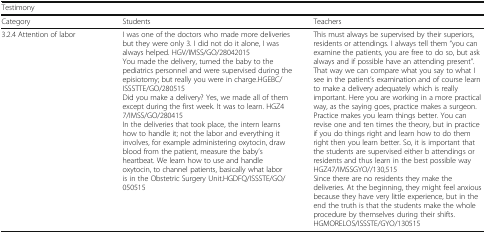
| <COLSPAN=3> Testimony |
 | Category | Students | Teachers |
 | --- | --- | --- |
 | 3.2.4 Attention of labor | I was one of the doctors who made more deliveries but they were only 3. I did not do it alone, I was always helped. HGV/IMSS/GO/28042015You made the delivery, turned the baby to the pediatrics personnel and were supervised during the episiotomy; but really you were in charge.HGEBC/ISSSTTE/GO/280515Did you make a delivery? Yes, we made all of them except during the first week. It was to learn. HGZ4 7/IMSS/GO/280415In the deliveries that took place, the intern learns how to handle it; not the labor and everything it involves, for example administering oxytocin, draw blood from the patient, measure the baby’s heartbeat. We learn how to use and handle oxytocin, to channel patients, basically what labor is in the Obstetric Surgery Unit.HGDFQ/ISSSTE/GO/050515 | This must always be supervised by their superiors, residents or attendings. I always tell them “you can examine the patients, you are free to do so, but ask always and if possible have an attending present”. That way we can compare what you say to what I see in the patient’s examination and of course learn to make a delivery adequately which is really important. Here you are working in a more practical way, as the saying goes, practice makes a surgeon. Practice makes you learn things better. You can revise one and ten times the theory, but in practice if you do things right and learn how to do them right then you learn better. So, it is important that the students are supervised either b attendings or residents and thus learn in the best possible way HGZ47/IMSSGYO//130,515Since there are no residents they make the deliveries. At the beginning, they might feel anxious because they have very little experience, but in the end the truth is that the students make the whole procedure by themselves during their shifts. HGMORELOS/ISSSTE/GYO/130515 |